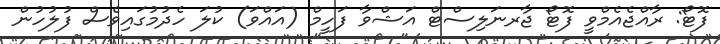
ފޮޓޯ: ރާއްޖެއެމްވީ ފޮޓޯ ޖާރނަލިސްޓް އަޝްވާ ފަހީމް (އައްވަ) ކުލަ ހެދުމުގައިވެސް ފުލުހުން